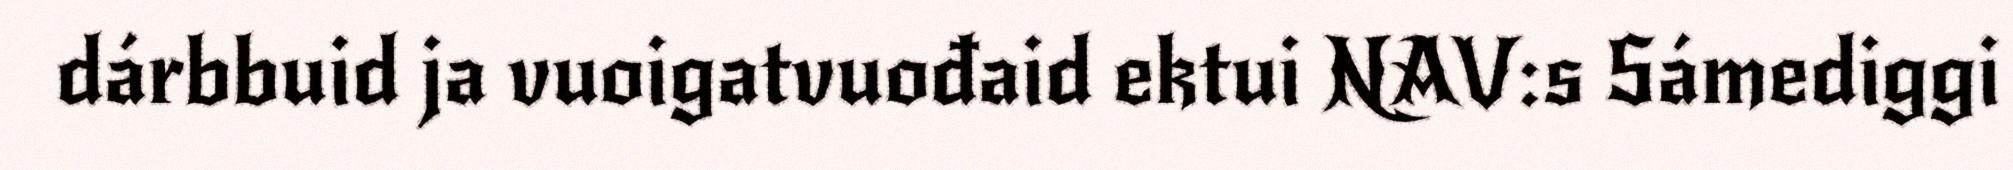
dárbbuid ja vuoigatvuođaid ektui NAV:s Sámediggi